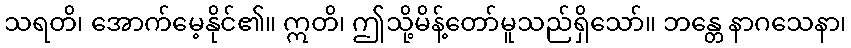
သရတိ၊ အောက်မေ့နိုင်၏။ ဣတိ၊ ဤသို့မိန့်တော်မူသည်ရှိသော်။ ဘန္တေ နာဂသေနာ၊